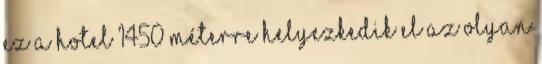
Ez a hotel 1450 méterre helyezkedik el az olyan